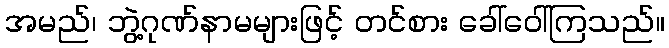
အမည်၊ ဘွဲ့ဂုဏ်နာမများဖြင့် တင်စား ခေါ်ဝေါ်ကြသည်။